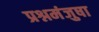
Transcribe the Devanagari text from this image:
प्रश्नमंजुषा